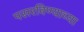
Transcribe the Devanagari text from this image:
पसरविण्याच्या